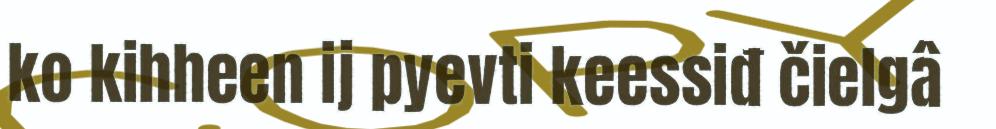
ko kihheen ij pyevti keessiđ čielgâ